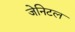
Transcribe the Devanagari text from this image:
जेनिटल